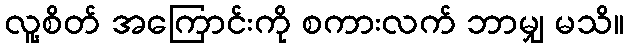
လူ့စိတ် အကြောင်းကို စကားလက် ဘာမျှ မသိ။